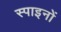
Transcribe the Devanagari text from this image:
स्पाइनों